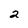
Character: 2